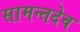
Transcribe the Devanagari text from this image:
सामन्तदेव